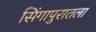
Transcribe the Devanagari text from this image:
सिंगापुरातला